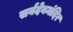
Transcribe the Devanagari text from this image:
सर्वदेवमंदिर